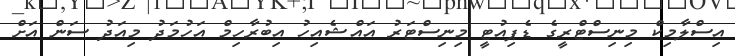
އިސްލާމިކް މިނިސްޓްރީގެ ޑެޕިއުޓީ މިނިސްޓަރު އައްޝެއިހު އިބުރާހިމް އަހުމަދު މިއަދު ސަން އަށް